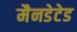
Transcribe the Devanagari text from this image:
मैनडेटेड